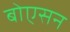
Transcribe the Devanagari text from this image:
बोएसन